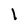
Character: l